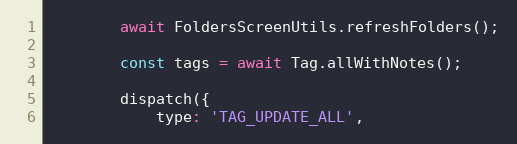
Language: JavaScript
		await FoldersScreenUtils.refreshFolders();

		const tags = await Tag.allWithNotes();

		dispatch({
			type: 'TAG_UPDATE_ALL',